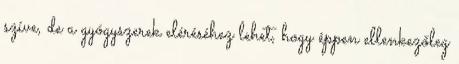
szíve, de a gyógyszerek eléréséhez lehet, hogy éppen ellenkezőleg